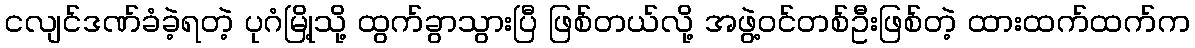
ငလျင်ဒဏ်ခံခဲ့ရတဲ့ ပုဂံမြို့သို့ ထွက်ခွာသွားပြီ ဖြစ်တယ်လို့ အဖွဲ့ဝင်တစ်ဦးဖြစ်တဲ့ ထားထက်ထက်က